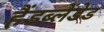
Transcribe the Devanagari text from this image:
हैंडब्लेंडेड